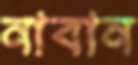
নাবান